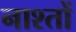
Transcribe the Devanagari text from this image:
नाश्तों